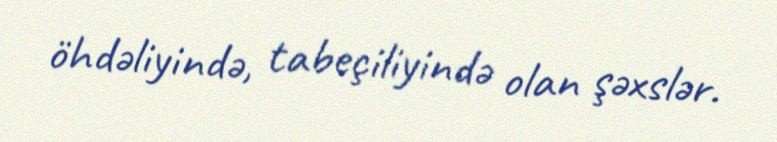
öhdəliyində, tabeçiliyində olan şəxslər.